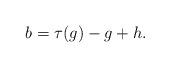
LaTeX: \begin{align*}b &= \tau(g) - g + h.\end{align*}